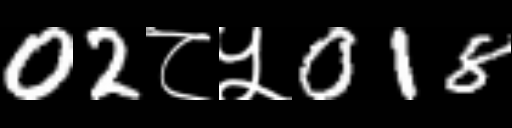
Text: 02८५018